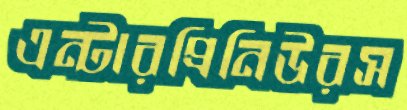
এন্টারপ্রিনিউরস